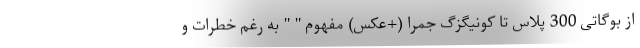
از بوگاتی 300 پلاس تا کونیگزگ جمرا (+عکس) مفهوم " " به رغم خطرات و